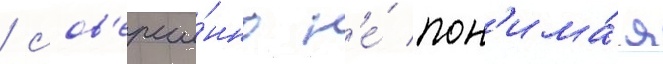
/ сов'ерше́нно н'е́ пон'има́я